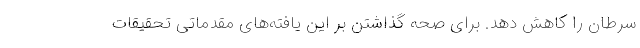
سرطان را کاهش دهد. برای صحه گذاشتن بر این یافته‌های مقدماتی تحقیقات